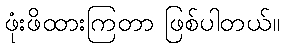
ဖုံးဖိထားကြတာ ဖြစ်ပါတယ်။